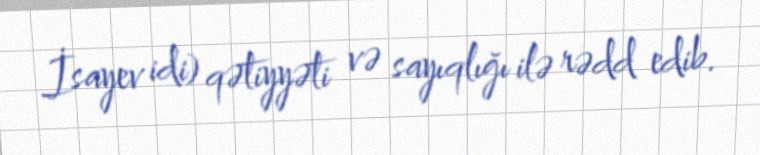
İsayev idi) qətiyyəti və sayıqlığı ilə rədd edib.